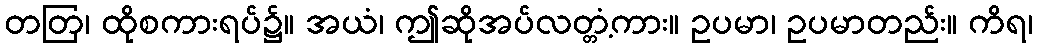
တတြ၊ ထိုစကားရပ်၌။ အယံ၊ ဤဆိုအပ်လတ္တံ့ကား။ ဥပမာ၊ ဥပမာတည်း။ ကိရ၊